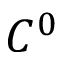
C ^ { 0 }